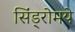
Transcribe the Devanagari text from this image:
सिंड्रोमये